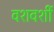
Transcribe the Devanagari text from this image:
वशवर्शी